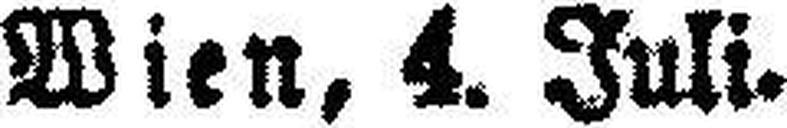
Wien, 4. Juli.